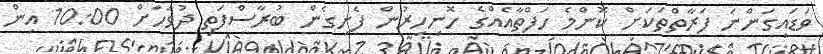
ވަޑައިގަންނަ ފަރާތްތަކަށް ކޮންމެ ހަފްތާއެއްގެ ހޮނިހިރުން ފެށިގެން ބުރާސްފަތި ދުވަހަށް 10:00 އިން